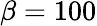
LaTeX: \beta=100